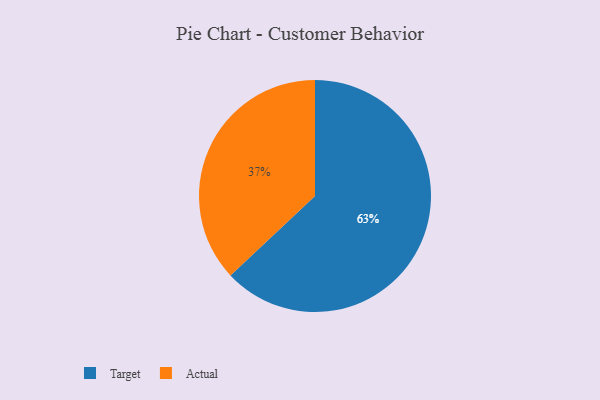
{"axis": {"x": "Category", "y": "Percentage"}, "legend": ["Actual", "Target"], "data": [{"x": "Actual", "y": 37, "type": "Actual"}, {"x": "Target", "y": 63, "type": "Target"}]}